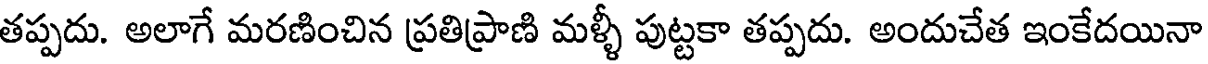
తప్పదు. అలాగే మరణించిన ప్రతిప్రాణి మళ్ళీ పుట్టకా తప్పదు. అందుచేత ఇంకేదయినా